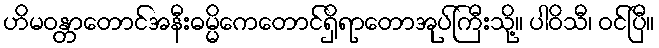
ဟိမဝန္တာတောင်အနီးဓမ္မိကေတောင်ရှိရာတောအုပ်ကြီးသို့။ ပါဝိသီ၊ ဝင်ပြီ။